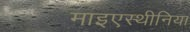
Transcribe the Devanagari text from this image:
माइएस्थीनिया